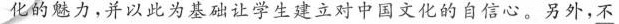
化的魅力，并以此为基础让学生建立对中国文化的自信心。另外，不